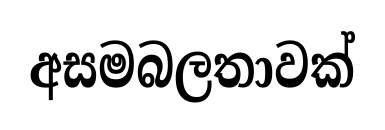
අසමබලතාවක්